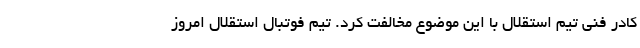
کادر فنی تیم استقلال با این موضوع مخالفت کرد. تیم فوتبال استقلال امروز